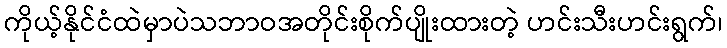
ကိုယ့်နိုင်ငံထဲမှာပဲသဘာဝအတိုင်းစိုက်ပျိုးထားတဲ့ ဟင်းသီးဟင်းရွက်၊